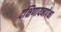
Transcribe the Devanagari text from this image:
दक्षिणायनापेक्षा